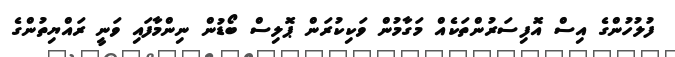
ފުލުހުންގެ އިސް އޮފިސަރުންތަކެއް މަގާމުން ވަކިކުރަން ޕޮލިސް ބޯޑުން ނިންމާފައި ވަނީ ރައްޔިތުންގެ